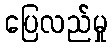
ပြေလည်မှု